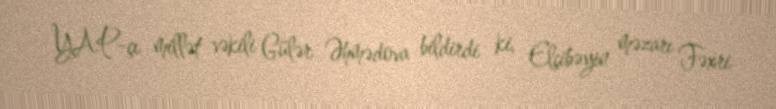
YAP-çı millət vəkili Gülər Əhmədova bildirdi ki, Elçibəyin məzarı Fəxri